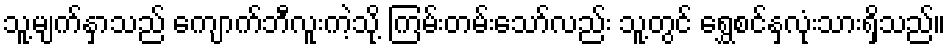
သူ့မျက်နှာသည် ကျောက်ဘီလူးကဲ့သို့ ကြမ်းတမ်းသော်လည်း သူ့တွင် ရွှေစင်နှလုံးသားရှိသည်။